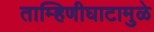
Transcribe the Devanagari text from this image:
ताम्हिणीघाटामुळे